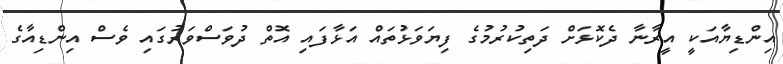
އިންޑިޔާއަކީ އީރާނާ ދެކޮޅަށް ދަތިކުރުމުގެ ފިޔަވަޅުތައް އަޅާފައި އޮތް ދުވަސްވަރުގައި ވެސް އިންޑިއާގެ